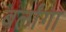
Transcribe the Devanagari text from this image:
बर्लांगा